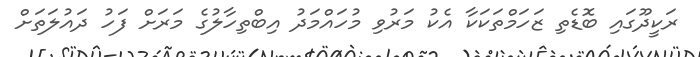
ރަކީދޫގައި ބޮޑެތި ޒަހަމްތަކަކާ އެކު މަރުވި މުހައްމަދު އިބްތިހާލުގެ މަރަށް ފަހު ދައުލަތަށް